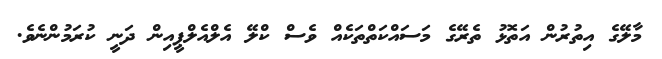
މާލޭގެ އިތުރުން އަތޮޅު ތެރޭގެ މަސައްކަތްތަކެއް ވެސް ކްލޭ އެލްއެލްޕީއިން ދަނީ ކުރަމުންނެވެ.